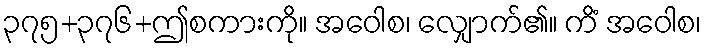
၃၇၅+၃၇၆+ဤစကားကို။ အဝေါစ၊ လျှောက်၏။ ကိံ အဝေါစ၊